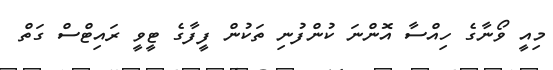
މިއީ ވޯނާގެ ހިއްސާ އޮންނަ ކުންފުނި ތަކުން ފީފާގެ ޓީވީ ރައިޓްސް ގަތް